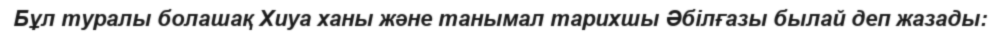
Бұл туралы болашақ Хиуа ханы және танымал тарихшы Әбілғазы былай деп жазады: